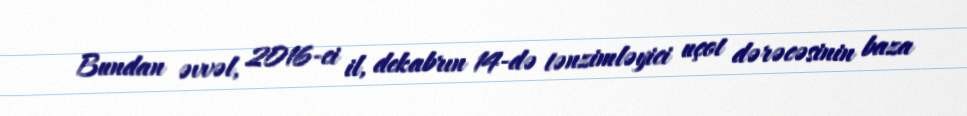
Bundan əvvəl, 2016-ci il, dekabrın 14-də tənzimləyici uçot dərəcəsinin baza